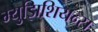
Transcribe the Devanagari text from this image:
म्युझिशियन्स